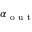
\alpha _ { \mathrm { ~ o ~ u ~ t ~ } }